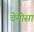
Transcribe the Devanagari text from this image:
वेनोसा